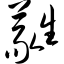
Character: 蕤